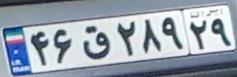
۴۶ق۲۸۹۲۹